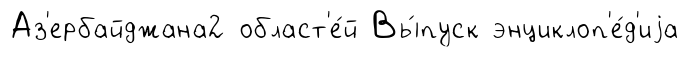
Аз'ербайджана2 област'е́й Вы́пуск энциклоп'е́д'иjа